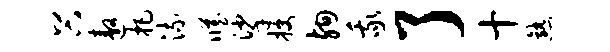
谷遨把流臧挲授殉我了十熟